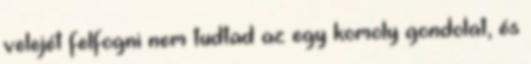
velejét felfogni nem tudtad az egy komoly gondolat, és